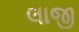
લાજી